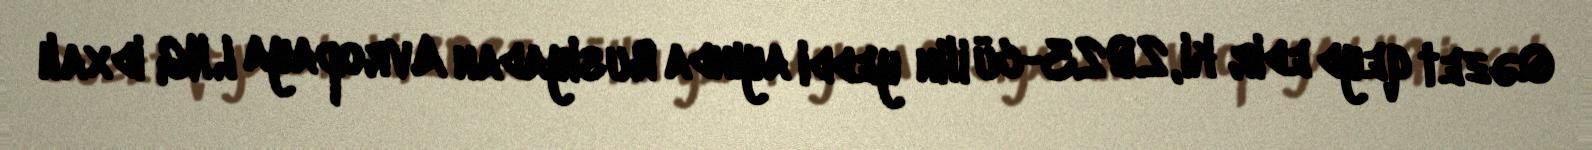
Qəzet qeyd edir ki, 2023-cü ilin yeddi ayında Rusiyadan Avropaya LNG idxalı